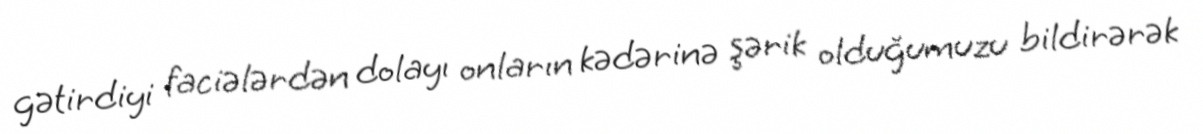
gətirdiyi faciələrdən dolayı onların kədərinə şərik olduğumuzu bildirərək